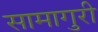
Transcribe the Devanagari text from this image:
सामागुरी